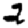
Digit: 2